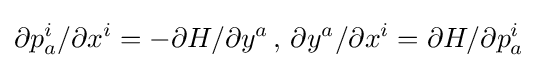
\partial p_{a}^{i}/\partial x^{i}=-\partial H/\partial y^{a}\,,\,\partial y^{a}/\partial x^{i}=\partial H/\partial p_{a}^{i}